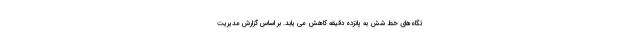
تگاه‌های خط شش به پانزده دقیقه کاهش می یابد. بر اساس گزارش مدیریت